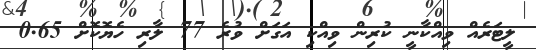
ލީޓަރެއް ވިއްކާނީ ކުރިން ވިއްކި އަގަށް ވުރެ 77 ލާރި ހެޔޮކޮށް 0.65